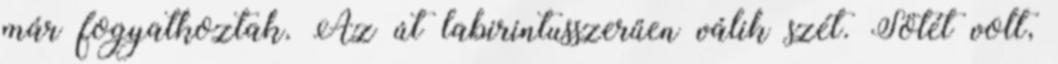
már fogyatkoztak. Az út labirintusszerűen válik szét. Sötét volt,